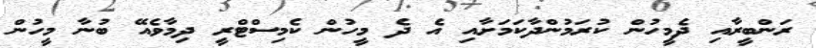
ރަންބީރާއި ދެމީހުން ކުރަމުންދާކަމަށާއި އެ ދެ މީހުން ކެމިސްޓްރީ ދިމާވެއޭ ބުނާ މީހުން